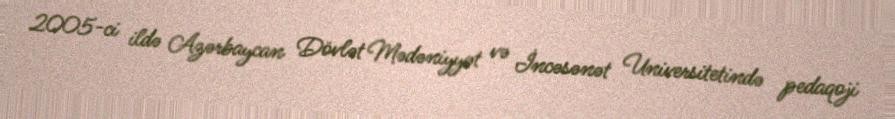
2005-ci ildə Azərbaycan Dövlət Mədəniyyət və İncəsənət Universitetində pedaqoji